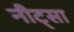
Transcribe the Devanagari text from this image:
नीट्सा